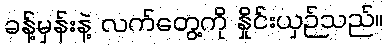
ခန့်မှန်းနဲ့ လက်တွေ့ကို နှိုင်းယှဉ်သည်။